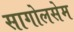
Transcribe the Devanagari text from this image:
सागोलसेम